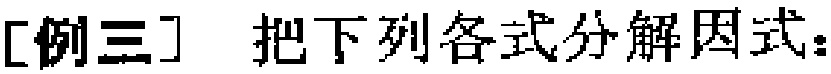
[例三] 把下列各式分解因式：